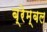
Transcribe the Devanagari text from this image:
ब्रेम्बल